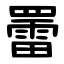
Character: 䍣